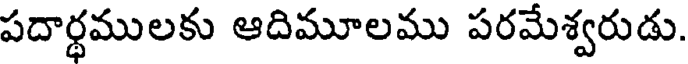
పదార్థములకు ఆదిమూలము పరమేశ్వరుడు.